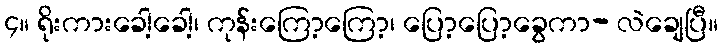
၄။ ရိုးကားခေါ့ခေါ့၊ ကုန်းကြော့ကြော့၊ ပြော့ပြော့ခွေကာ- လဲချေပြီ။